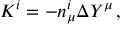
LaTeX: K ^ { i } = - n _ { \mu } ^ { i } \Delta Y ^ { \mu } \, ,